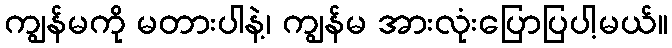
ကျွန်မကို မတားပါနဲ့၊ ကျွန်မ အားလုံးပြောပြပါ့မယ်။